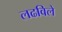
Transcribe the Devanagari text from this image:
लढविले